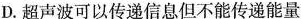
D.超声波可以传递信息但不能传递能量